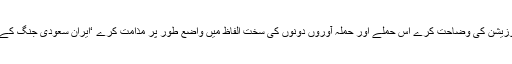
ایران مکہ پر میزائل داغنے کے واقعہ کے حوالے سے اپنی پوزیشن کی وضاحت کرے اس حملے اور حملہ آوروں دونوں کی سخت الفاظ میں واضع طور پر مذامت کرے ‘ایران سعودی جنگ کے تاثر کو زائل کرنے کی ذمہ داری ایران پر ہی عائد ہوتی ہے۔